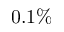
0 . 1 \%